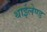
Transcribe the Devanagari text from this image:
थाईलेण्ड